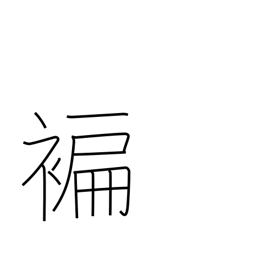
Meaning: narrow